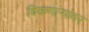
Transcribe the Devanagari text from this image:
विकणाऱ्यांवर